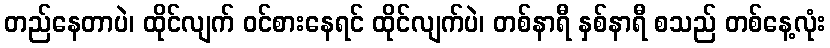
တည်နေတာပဲ၊ ထိုင်လျက် ဝင်စားနေရင် ထိုင်လျက်ပဲ၊ တစ်နာရီ နှစ်နာရီ စသည် တစ်နေ့လုံး